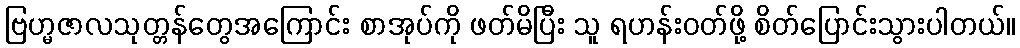
ဗြဟ္မဇာလသုတ္တန်တွေအကြောင်း စာအုပ်ကို ဖတ်မိပြီး သူ ရဟန်းဝတ်ဖို့ စိတ်ပြောင်းသွားပါတယ်။